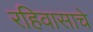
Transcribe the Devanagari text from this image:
रहिवासाचे